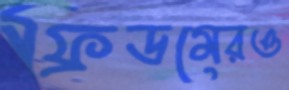
ফ্রিডমেরও